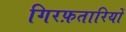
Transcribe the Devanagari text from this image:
गिरफ़तारियों